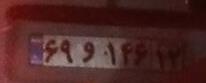
۶۹و۱۴۶۱۲